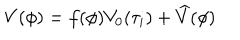
V ( \phi ) = f ( \phi ) V _ { 0 } ( \tau _ { i } ) + \widehat V ( \phi )